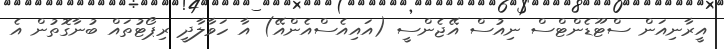
އީރާނިއަން ސްޓޫޑެންޓްސް ނިއުސް އޭޖެންސީ (އައިއެސްއެންއޭ) އާ ހަވާލާދީ ރިޕޯޓުތައް ބުނާގޮތުން އެ